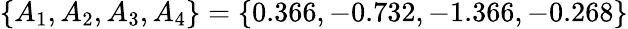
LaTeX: \{ A_{1},A_{2},A_{3},A_{4}\} =\{ 0.366,-0.732,-1.366,-0.268\}